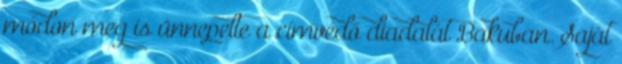
módon meg is ünnepelte a címvédő diadalát Bakuban. Saját